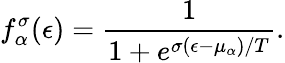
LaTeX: f_{\alpha}^{\sigma}(\epsilon)=\frac{1}{1+e^{\sigma(\epsilon-\mu_{\alpha})/T}}.